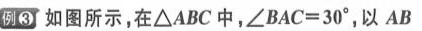
例③如图所示，在△ABC中，∠BAC=30°，以AB